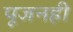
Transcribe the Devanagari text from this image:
पूजनही